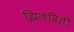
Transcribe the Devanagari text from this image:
झिजविली